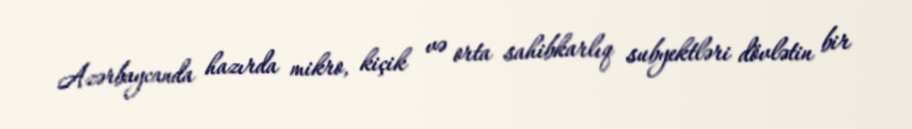
Azərbaycanda hazırda mikro, kiçik və orta sahibkarlıq subyektləri dövlətin bir